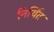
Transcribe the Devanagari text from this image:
निर्यित